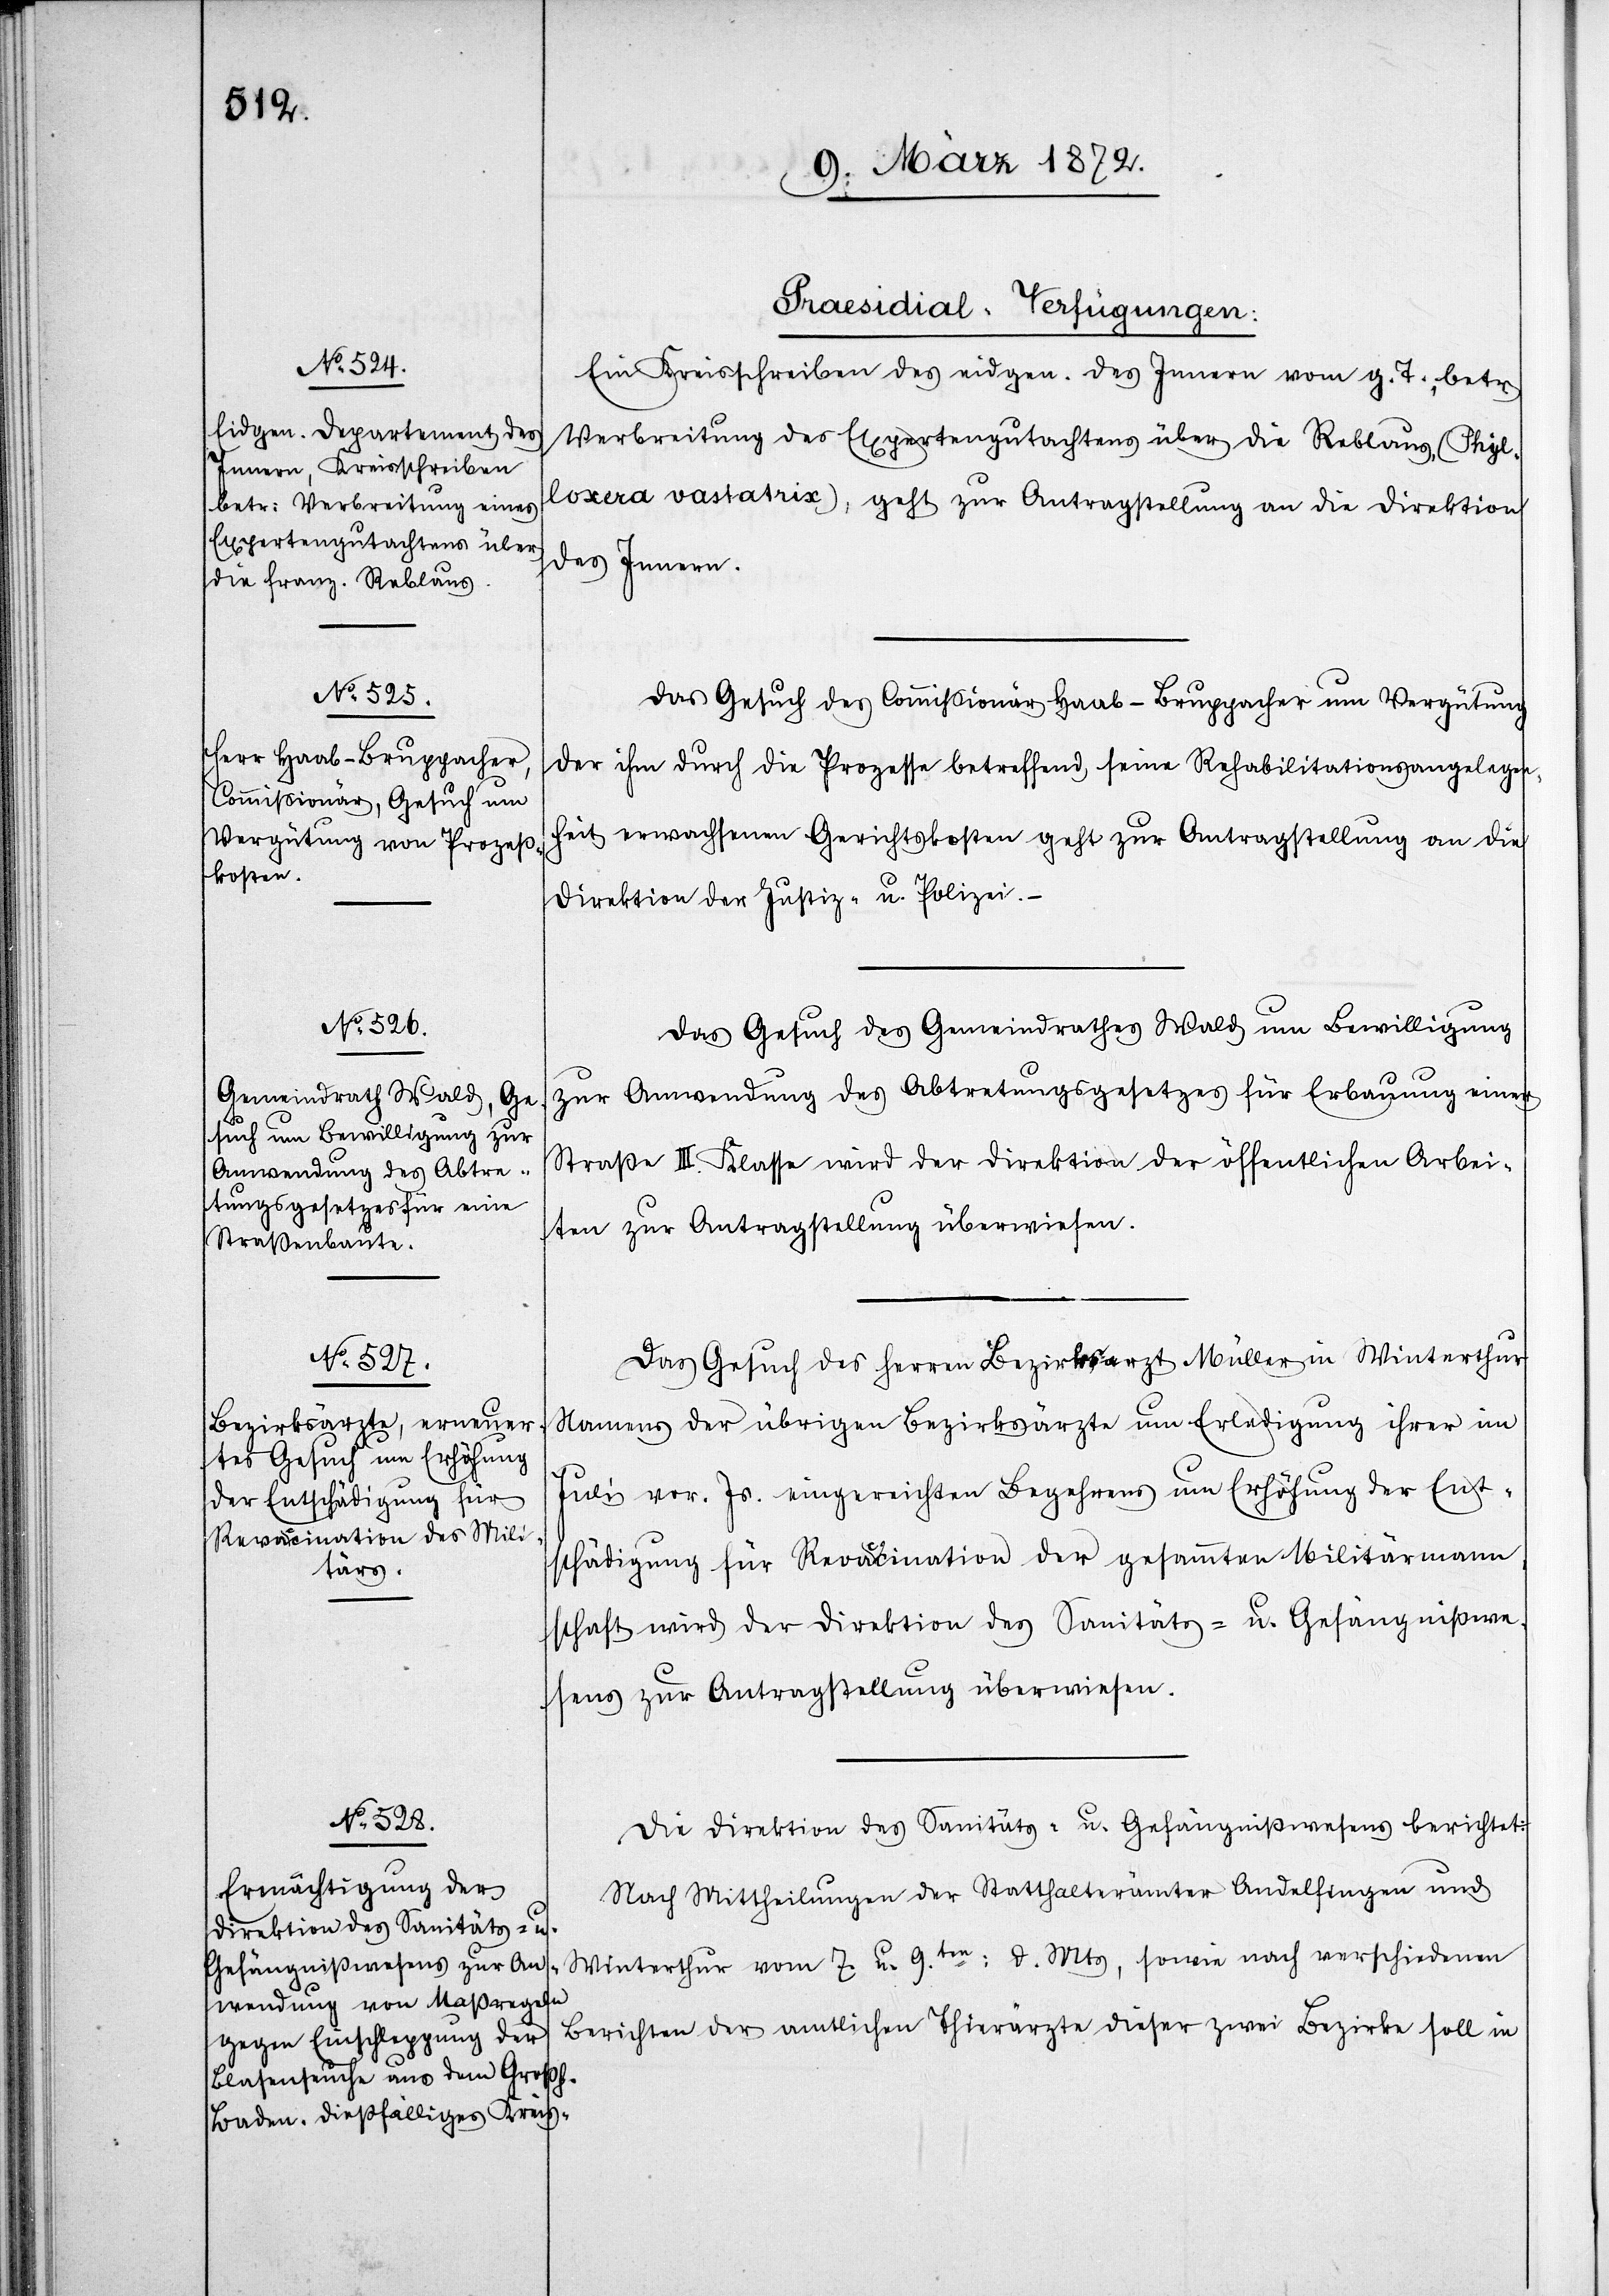
Praesidial-Verfügungen:
Ein Kreisschreiben des eidgen. des Innern [sic!] vom g. T., betr.
Verbreitung des Expertengutachtens über die Reblaus, (Phyl¬
loxera vastatrix), geht zur Antragstellung an die Direktion
des Innern.
Das Gesuch des Commissionär Haab-Bruppacher um Vergütung
der ihm durch die Prozesse betreffend seine Rehabilitationsangelegen¬
heit erwachsenen Gerichtskosten geht zur Antragstellung an die
Direktion der Justiz- u. Polizei.
Das Gesuch des Gemeindrathes Wald um Bewilligung
zur Anwendung des Abtretungsgesetzes für Erbauung einer
Straße III. Klasse wird der Direktion der öffentlichen Arbei¬
ten zur Antragstellung überwiesen.
Das Gesuch des Herren Bezirksarzt Müller in Winterthur
Namens der übrigen Bezirksärzte um Erledigung ihrer im
Juli vor. Js. eingereichten Begehrens um Erhöhung der Ent¬
schädigung der Revaccination der gesammten Militärmann¬
schaft wird der Direktion des Sanitäts- u. Gefängnißwe¬
sens zur Antragstellung überwiesen.
Die Direktion des Sanitäts- u. Gefängnißwesens berichtet:
Nach Mittheilung der Statthalterämter Andelfingen und
Winterthur vom 7. u. 9ten: d. Mts, sowie nach verschiedenen
Berichten der amtlichen Thierärzte dieser zwei Bezirke soll in